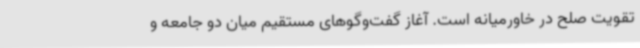
تقویت صلح در خاورمیانه است. آغاز گفت‌وگوهای مستقیم میان دو جامعه و